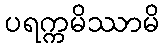
ပရက္ကမိဿာမိ